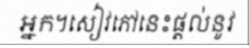
អ្នក។សៀវភៅនេះផ្តល់នូវ